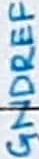
Text: GNDREF